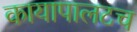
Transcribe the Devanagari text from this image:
कायापालटच